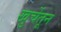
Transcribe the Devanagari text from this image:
खुर्चेतून